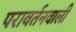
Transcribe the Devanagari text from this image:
परावर्तनवाली